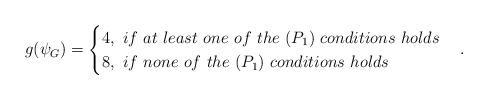
LaTeX: \begin{align*}g(\psi_G)=\begin{cases} 4, \ if \ at \ least \ one \ of \ the \ (P_1) \ conditions \ holds \\ 8, \ if \ none \ of \ the \ (P_1) \ conditions \ holds \end{cases}.\end{align*}